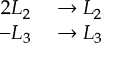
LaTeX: \begin{array} { r l } { 2 L _ { 2 } } & { { } \to L _ { 2 } } \\ { - L _ { 3 } } & { { } \to L _ { 3 } } \end{array}